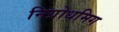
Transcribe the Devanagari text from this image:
निग्रोधमिग